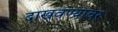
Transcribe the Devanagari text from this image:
दाखवण्यावर